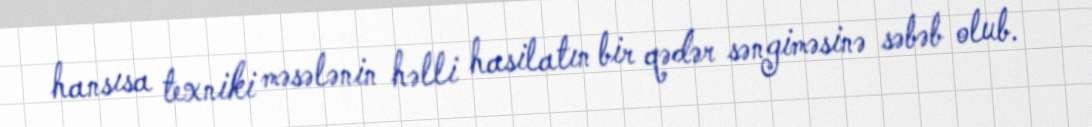
hansısa texniki məsələnin həlli hasilatın bir qədər səngiməsinə səbəb olub.